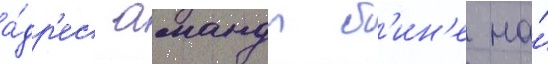
а́др'ес аманды б'ин'е на́